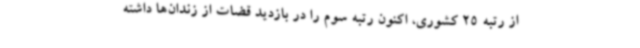
از رتبه 25 کشوری، اکنون رتبه سوم را در بازدید قضات از زندان‌ها داشته